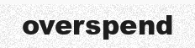
overspend